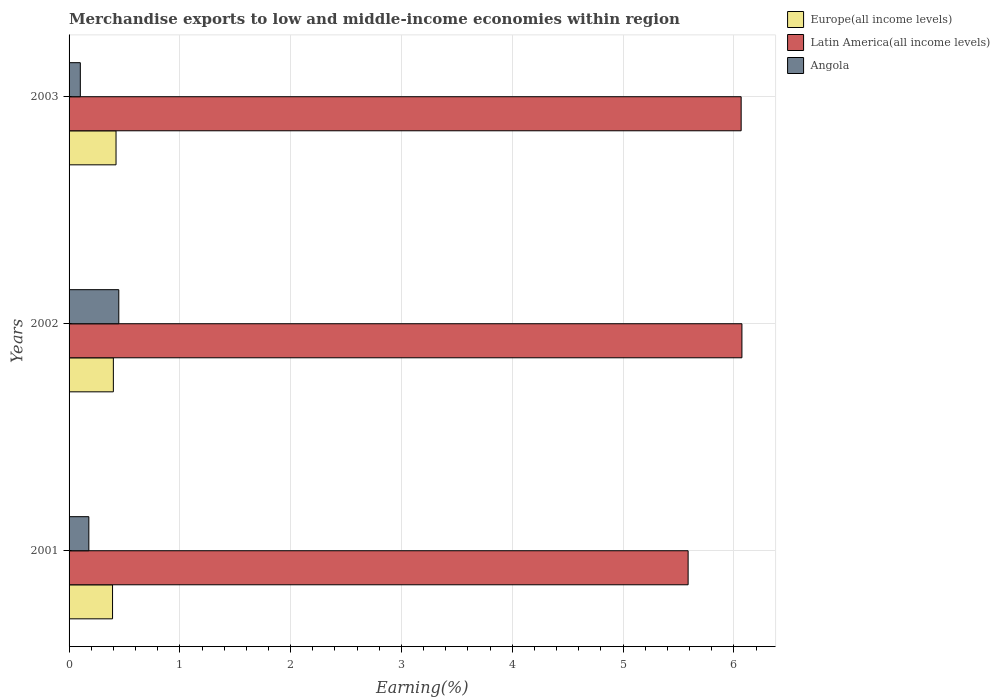
| Years | Europe(all income levels) | Latin America(all income levels) | Angola |
 | --- | --- | --- | --- |
 | 2001 | 0.392 | 5.59 | 0.179 |
 | 2002 | 0.4 | 6.07 | 0.449 |
 | 2003 | 0.424 | 6.07 | 0.102 |